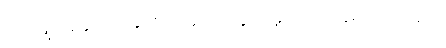
ပုံသဏ္ဍာန်နှင့် အချက်ပြ ဆက်သွယ်မှုသာ အခရာကျသည်။